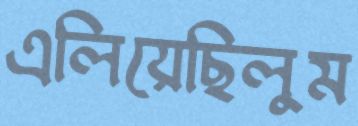
এলিয়েছিলুম